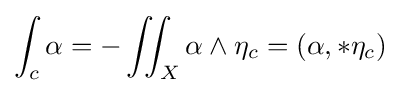
\int _{c}\alpha =-\iint _{X}\alpha \wedge \eta _{c}=(\alpha ,*\eta _{c})